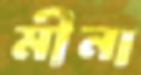
মীনা